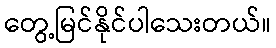
တွေ့မြင်နိုင်ပါသေးတယ်။